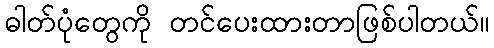
ဓါတ်ပုံတွေကို တင်ပေးထားတာဖြစ်ပါတယ်။